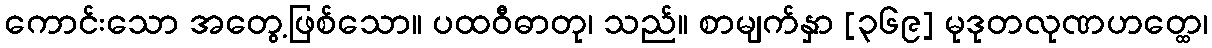
ကောင်းသော အတွေ့ဖြစ်သော။ ပထဝီဓာတု၊ သည်။ စာမျက်နှာ [၃၆၉] မုဒုတလုဏဟတ္ထေ၊